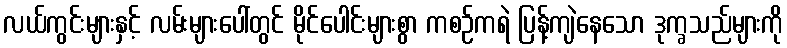
လယ်ကွင်းများနှင့် လမ်းများပေါ်တွင် မိုင်ပေါင်းများစွာ ကစဉ်ကရဲ ပြန့်ကျဲနေသော ဒုက္ခသည်များကို